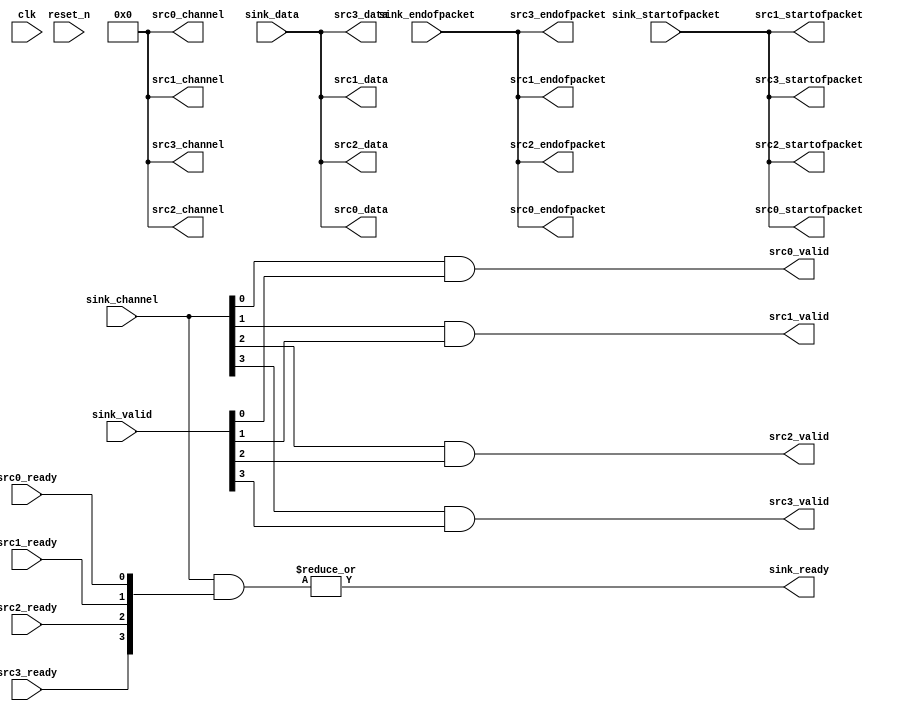
module seq_cmd_xbar_demux
(
    // -------------------
    // Sink
    // -------------------
    input  [4-1      : 0]   sink_valid,
    input  [73-1    : 0]   sink_data, // ST_DATA_W=73
    input  [4-1 : 0]   sink_channel, // ST_CHANNEL_W=4
    input                         sink_startofpacket,
    input                         sink_endofpacket,
    output                        sink_ready,

    // -------------------
    // Sources 
    // -------------------
    output reg                      src0_valid,
    output reg [73-1    : 0] src0_data, // ST_DATA_W=73
    output reg [4-1 : 0] src0_channel, // ST_CHANNEL_W=4
    output reg                      src0_startofpacket,
    output reg                      src0_endofpacket,
    input                           src0_ready,

    output reg                      src1_valid,
    output reg [73-1    : 0] src1_data, // ST_DATA_W=73
    output reg [4-1 : 0] src1_channel, // ST_CHANNEL_W=4
    output reg                      src1_startofpacket,
    output reg                      src1_endofpacket,
    input                           src1_ready,

    output reg                      src2_valid,
    output reg [73-1    : 0] src2_data, // ST_DATA_W=73
    output reg [4-1 : 0] src2_channel, // ST_CHANNEL_W=4
    output reg                      src2_startofpacket,
    output reg                      src2_endofpacket,
    input                           src2_ready,

    output reg                      src3_valid,
    output reg [73-1    : 0] src3_data, // ST_DATA_W=73
    output reg [4-1 : 0] src3_channel, // ST_CHANNEL_W=4
    output reg                      src3_startofpacket,
    output reg                      src3_endofpacket,
    input                           src3_ready,


    // -------------------
    // Clock & Reset
    // -------------------
    (*altera_attribute = "-name MESSAGE_DISABLE 15610" *) // setting message suppression on clk
    input clk,
    (*altera_attribute = "-name MESSAGE_DISABLE 15610" *) // setting message suppression on reset
    input reset_n

);

    localparam NUM_OUTPUTS = 4;
    wire [NUM_OUTPUTS - 1 : 0] ready_vector;

    // -------------------
    // Demux
    // -------------------
    always @* begin
        src0_data          = sink_data;
        src0_startofpacket = sink_startofpacket;
        src0_endofpacket   = sink_endofpacket;
        src0_channel       = sink_channel >> NUM_OUTPUTS;

        src0_valid         = sink_channel[0] && sink_valid[0];

        src1_data          = sink_data;
        src1_startofpacket = sink_startofpacket;
        src1_endofpacket   = sink_endofpacket;
        src1_channel       = sink_channel >> NUM_OUTPUTS;

        src1_valid         = sink_channel[1] && sink_valid[1];

        src2_data          = sink_data;
        src2_startofpacket = sink_startofpacket;
        src2_endofpacket   = sink_endofpacket;
        src2_channel       = sink_channel >> NUM_OUTPUTS;

        src2_valid         = sink_channel[2] && sink_valid[2];

        src3_data          = sink_data;
        src3_startofpacket = sink_startofpacket;
        src3_endofpacket   = sink_endofpacket;
        src3_channel       = sink_channel >> NUM_OUTPUTS;

        src3_valid         = sink_channel[3] && sink_valid[3];

    end

    // -------------------
    // Backpressure
    // -------------------
    assign ready_vector[0] = src0_ready;
    assign ready_vector[1] = src1_ready;
    assign ready_vector[2] = src2_ready;
    assign ready_vector[3] = src3_ready;
    assign sink_ready = |(sink_channel & ready_vector);

endmodule